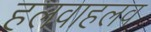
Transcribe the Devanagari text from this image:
हलवाहलव